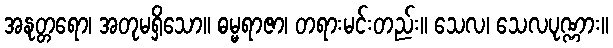
အနုတ္တရော၊ အတုမရှိသော။ ဓမ္မရာဇာ၊ တရားမင်းတည်း။ သေလ၊ သေလပုဏ္ဏား။